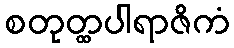
စတုတ္ထပါရာဇိကံ